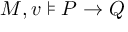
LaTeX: M , v \models P \rightarrow Q